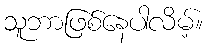
သူဘာဖြစ်နေပါလိမ့်။